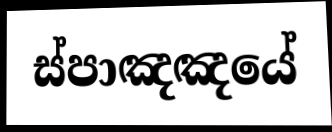
ස්පාඤඤයේ